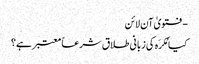
- فتویٰ آن لائن
کیا مُکرَہ کی زبانی طلاق شرعاً معتبر ہے؟